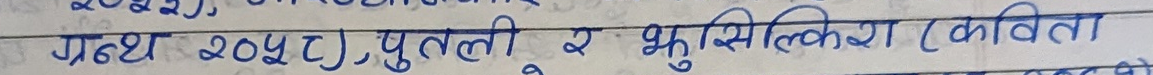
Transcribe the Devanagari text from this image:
ग्रन्थ २०५८), पुतली र झुसिलकिरा (कविता